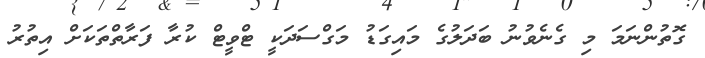
ގޮތުންނަމަ މި ގެނެވުނު ބަދަލުގެ މައިގަޑު މަގްސަދަކީ ޓްވީޓް ކުރާ ފަރާތްތަކަށް އިތުރު